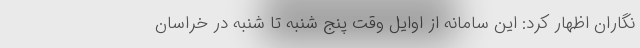
نگاران اظهار کرد: این سامانه از اوایل وقت پنج شنبه تا شنبه در خراسان